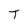
Character: T